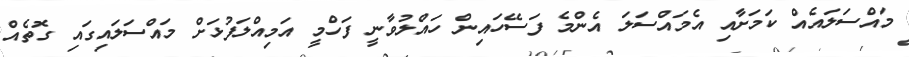
މައްސަލައެއް ކަމަށާއި އެމައްސަލަ އެންމެ ފަސޭހައިން ހައްލުވާނީ ފަހްމީ އަމިއްލަފުޅަށް މައްސަލައިގައި ގޮތެއް